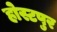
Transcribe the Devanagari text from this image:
होस्टपुर